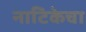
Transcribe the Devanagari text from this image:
नाटिकेचा